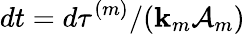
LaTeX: dt=d\tau^{(m)}/(\mathbf{k}_{m}\mathcal{{A}}_{m})